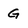
Character: G